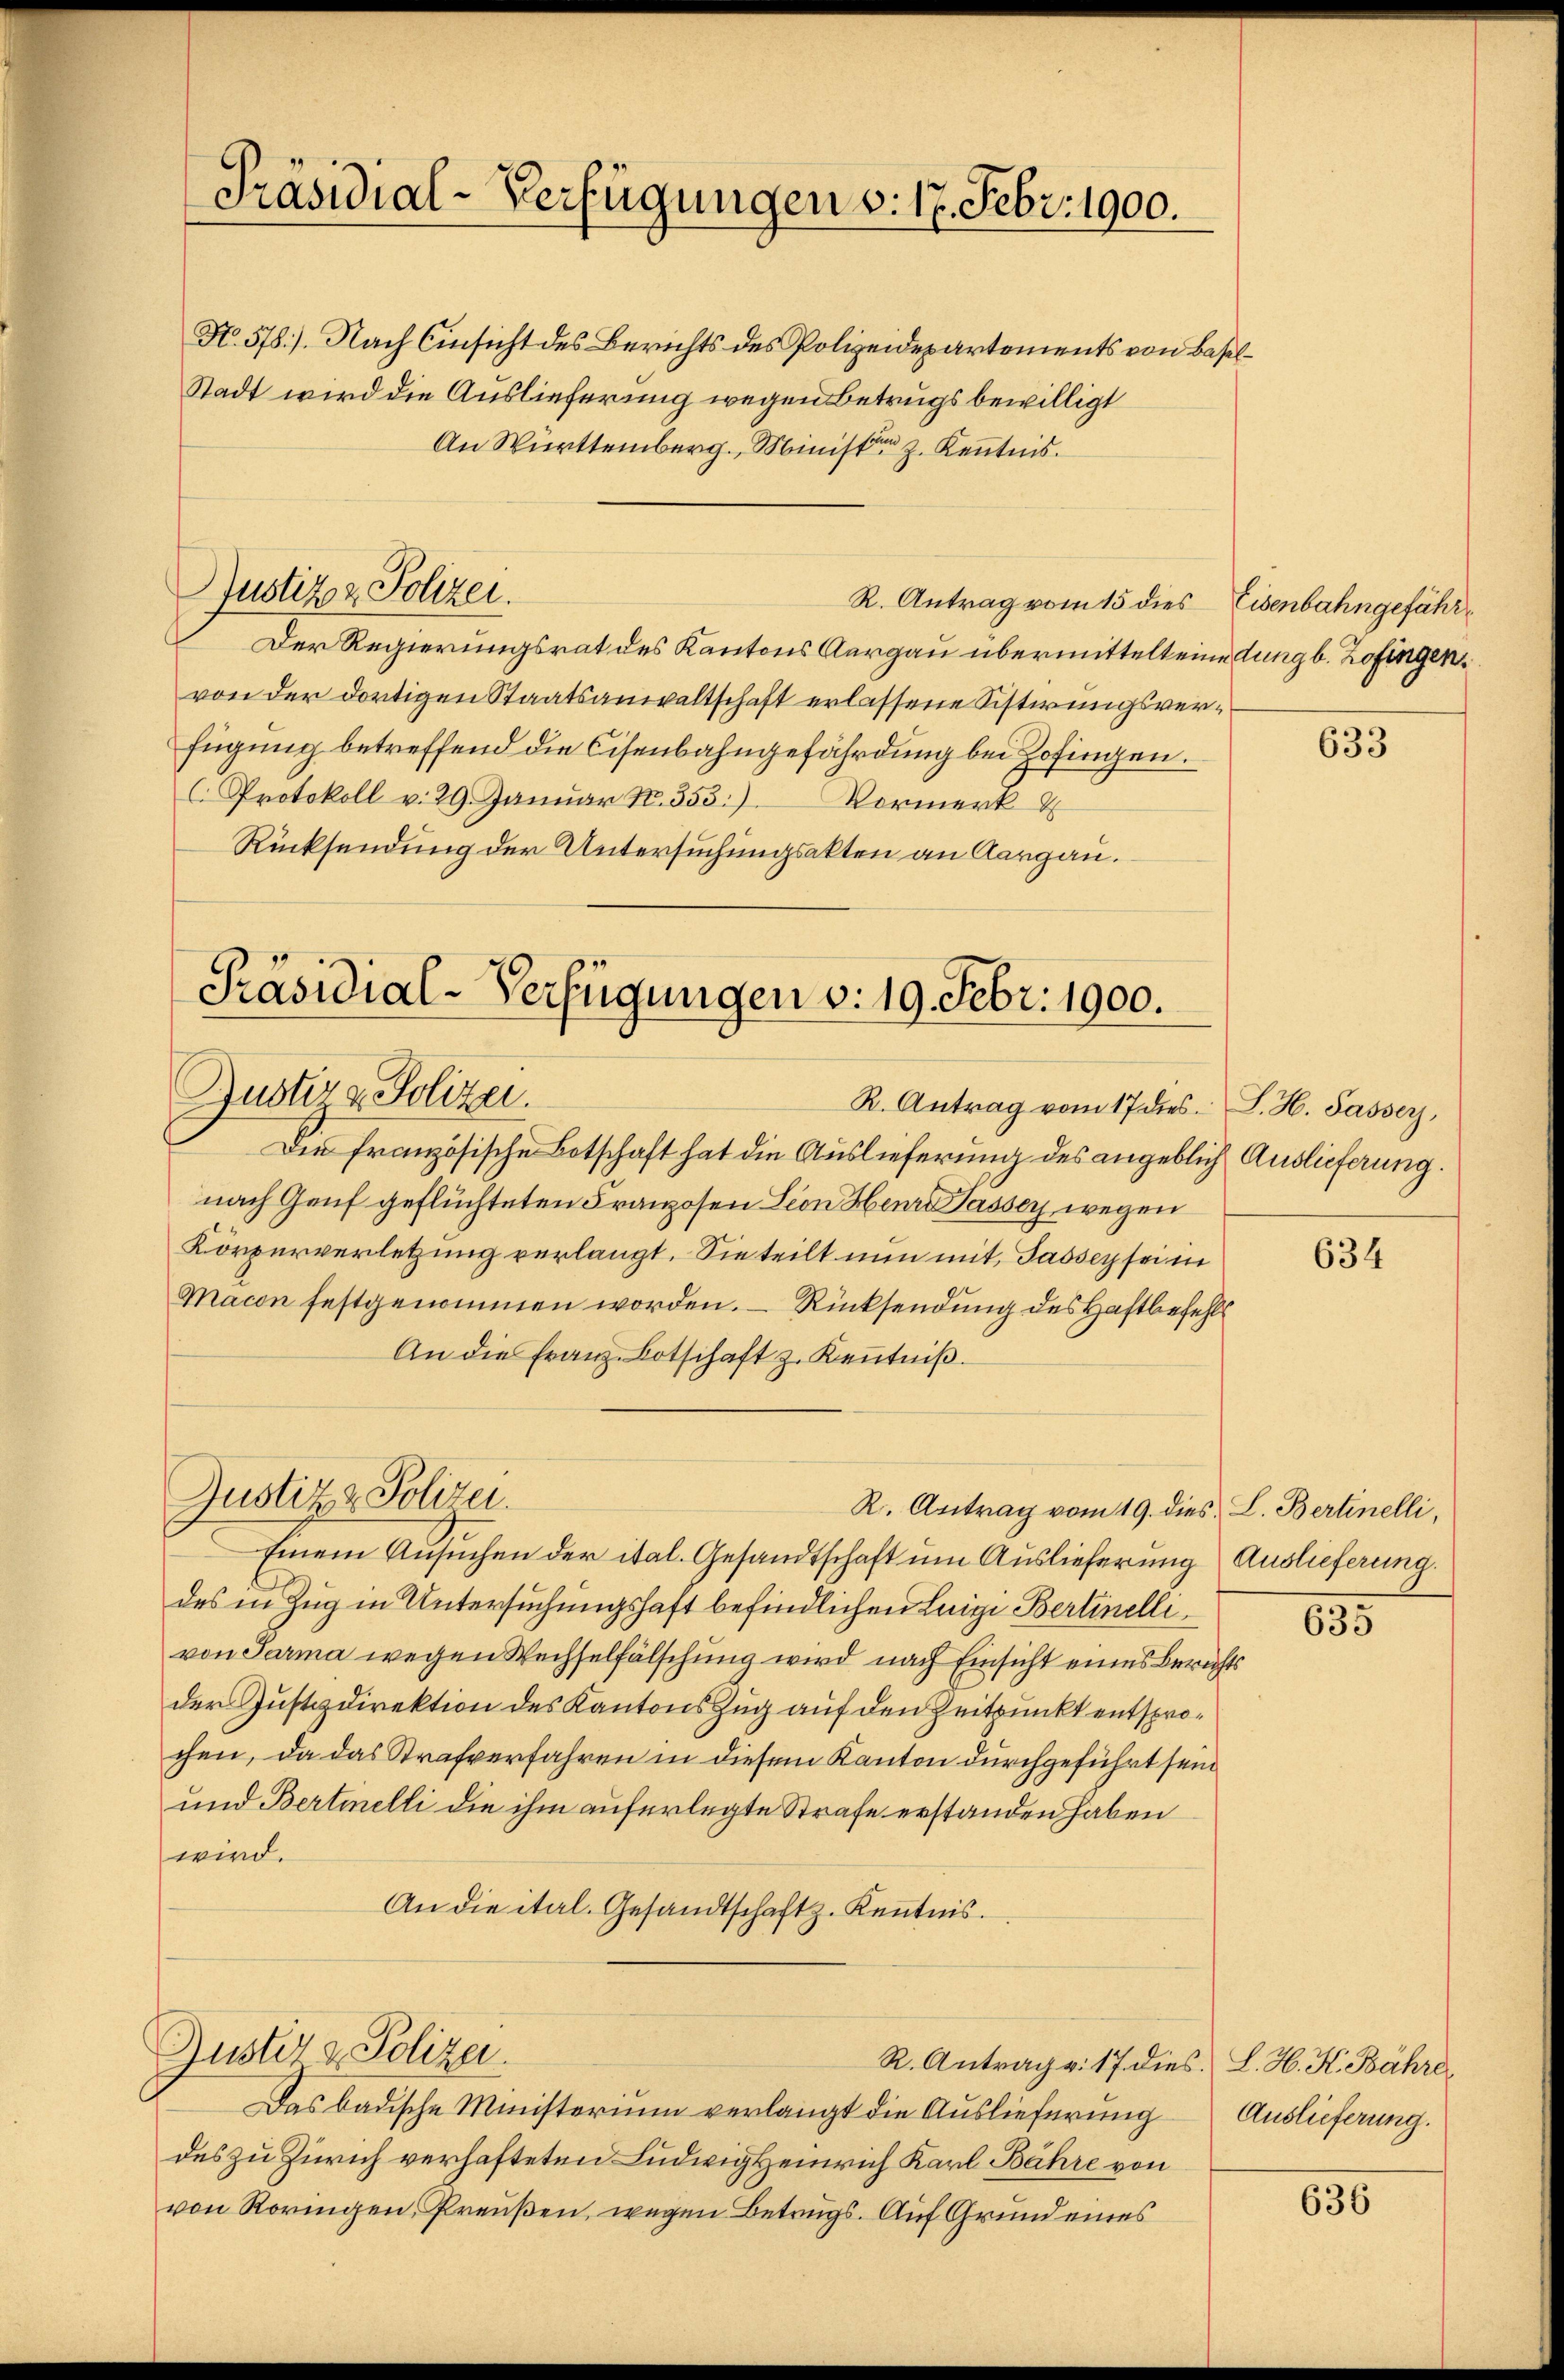
N. 578). Nach Einsicht des Berichts des Polizeidepartements von Basel¬
Stadt wird die Auslieferung wegen Betrugs bewilligt
An Württemberg, Minister z. Kenntnis.
R. Antrag vom 15 dies Eisenbahngefähr¬
Der Regierungsrat des Kantons Aargau übermittelt eine dung b. Zofingen.
von der dortigen Staatsanwaltschaft erlassene Sistirungsverfügung betreffend die Cisenbahngefährdung bei Zofingen.
C. Protokoll v. 29. Januar N. 353.) Vormerk &
Rücksendung der Untersuchungsakten an Aargau.

Justiz & Polizei.

Präsidial-Verfügungen v. 19. Febr. 1900.
Justiz & Polizei.
R. Antrag vom 17 dies. S. H. Passer,

Die französische Botschaft hat die Auslieferung des angeblich Auslieferung.
nach Genf geflüchteten Franzosen Lion Heure Tasser wegen
Körperverletzung verlangt. Sie teilt nun mit, Sasser sei in
Macon festgenommen worden. – Rücksendung des Haftbefehls
An die Franz-Botschaft z. Keṅtniβ.
R. Antrag vom 19. dies L. Bertinelli,
Einem Ansuchen der ital. Gesandtschaft um Auslieferung Auslieferung
des in Zug in Untersuchungshaft befindlichen Leige Berlinellivon Parma wegen Wechselfälschung wird nach Einsicht eines Berichts
der Justizdirektion des Kantons Zug auf den Zeitpunkt entsprochen, da das Strafverfahren in diesem Kanton durchgeführt sein
und Bertielli die ihm auferlegte Strafe erstanden haben
wird.
An die ital. Gesandtschaft. Kenntnis.
Justiz & Polizei.
R. Antrag v. 17 dies. L. H. H. Fähre
Das badische Ministerium verlangt die Auslieferung Auslieferung.
des zu Zürich verhafteten Ludwig Heinrich Karl Bahre von
von Roringen, Preußen, wegen Betrugs. Auf Grund eines

Justiz & Polizei.

Präsidial-Verfügungen v. 17. Febr. 1900.

633

634

635

636